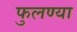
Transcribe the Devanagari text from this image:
फुलण्या